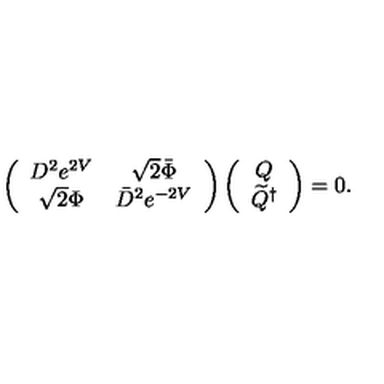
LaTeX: \left( \begin{array} { c c } { D ^ { 2 } e ^ { 2 V } } & { \sqrt { 2 } \bar { \Phi } } \\ { \sqrt { 2 } \Phi } & { \bar { D } ^ { 2 } e ^ { - 2 V } } \\ \end{array} \right) \left( \begin{array} { c } { Q } \\ { \widetilde { Q } ^ { \dagger } } \\ \end{array} \right) = 0 .